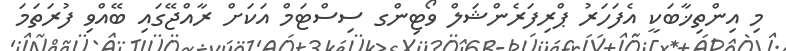
މި އިންތިޚާބަކީ އެފަހަރު ޕްރިފަރެންޝަލް ވޯޓިންގ ސިސްޓަމް އަކަށް ރާއްޖޭގައި ބޭއްވި ފުރަތަމަ